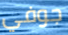
جوفي